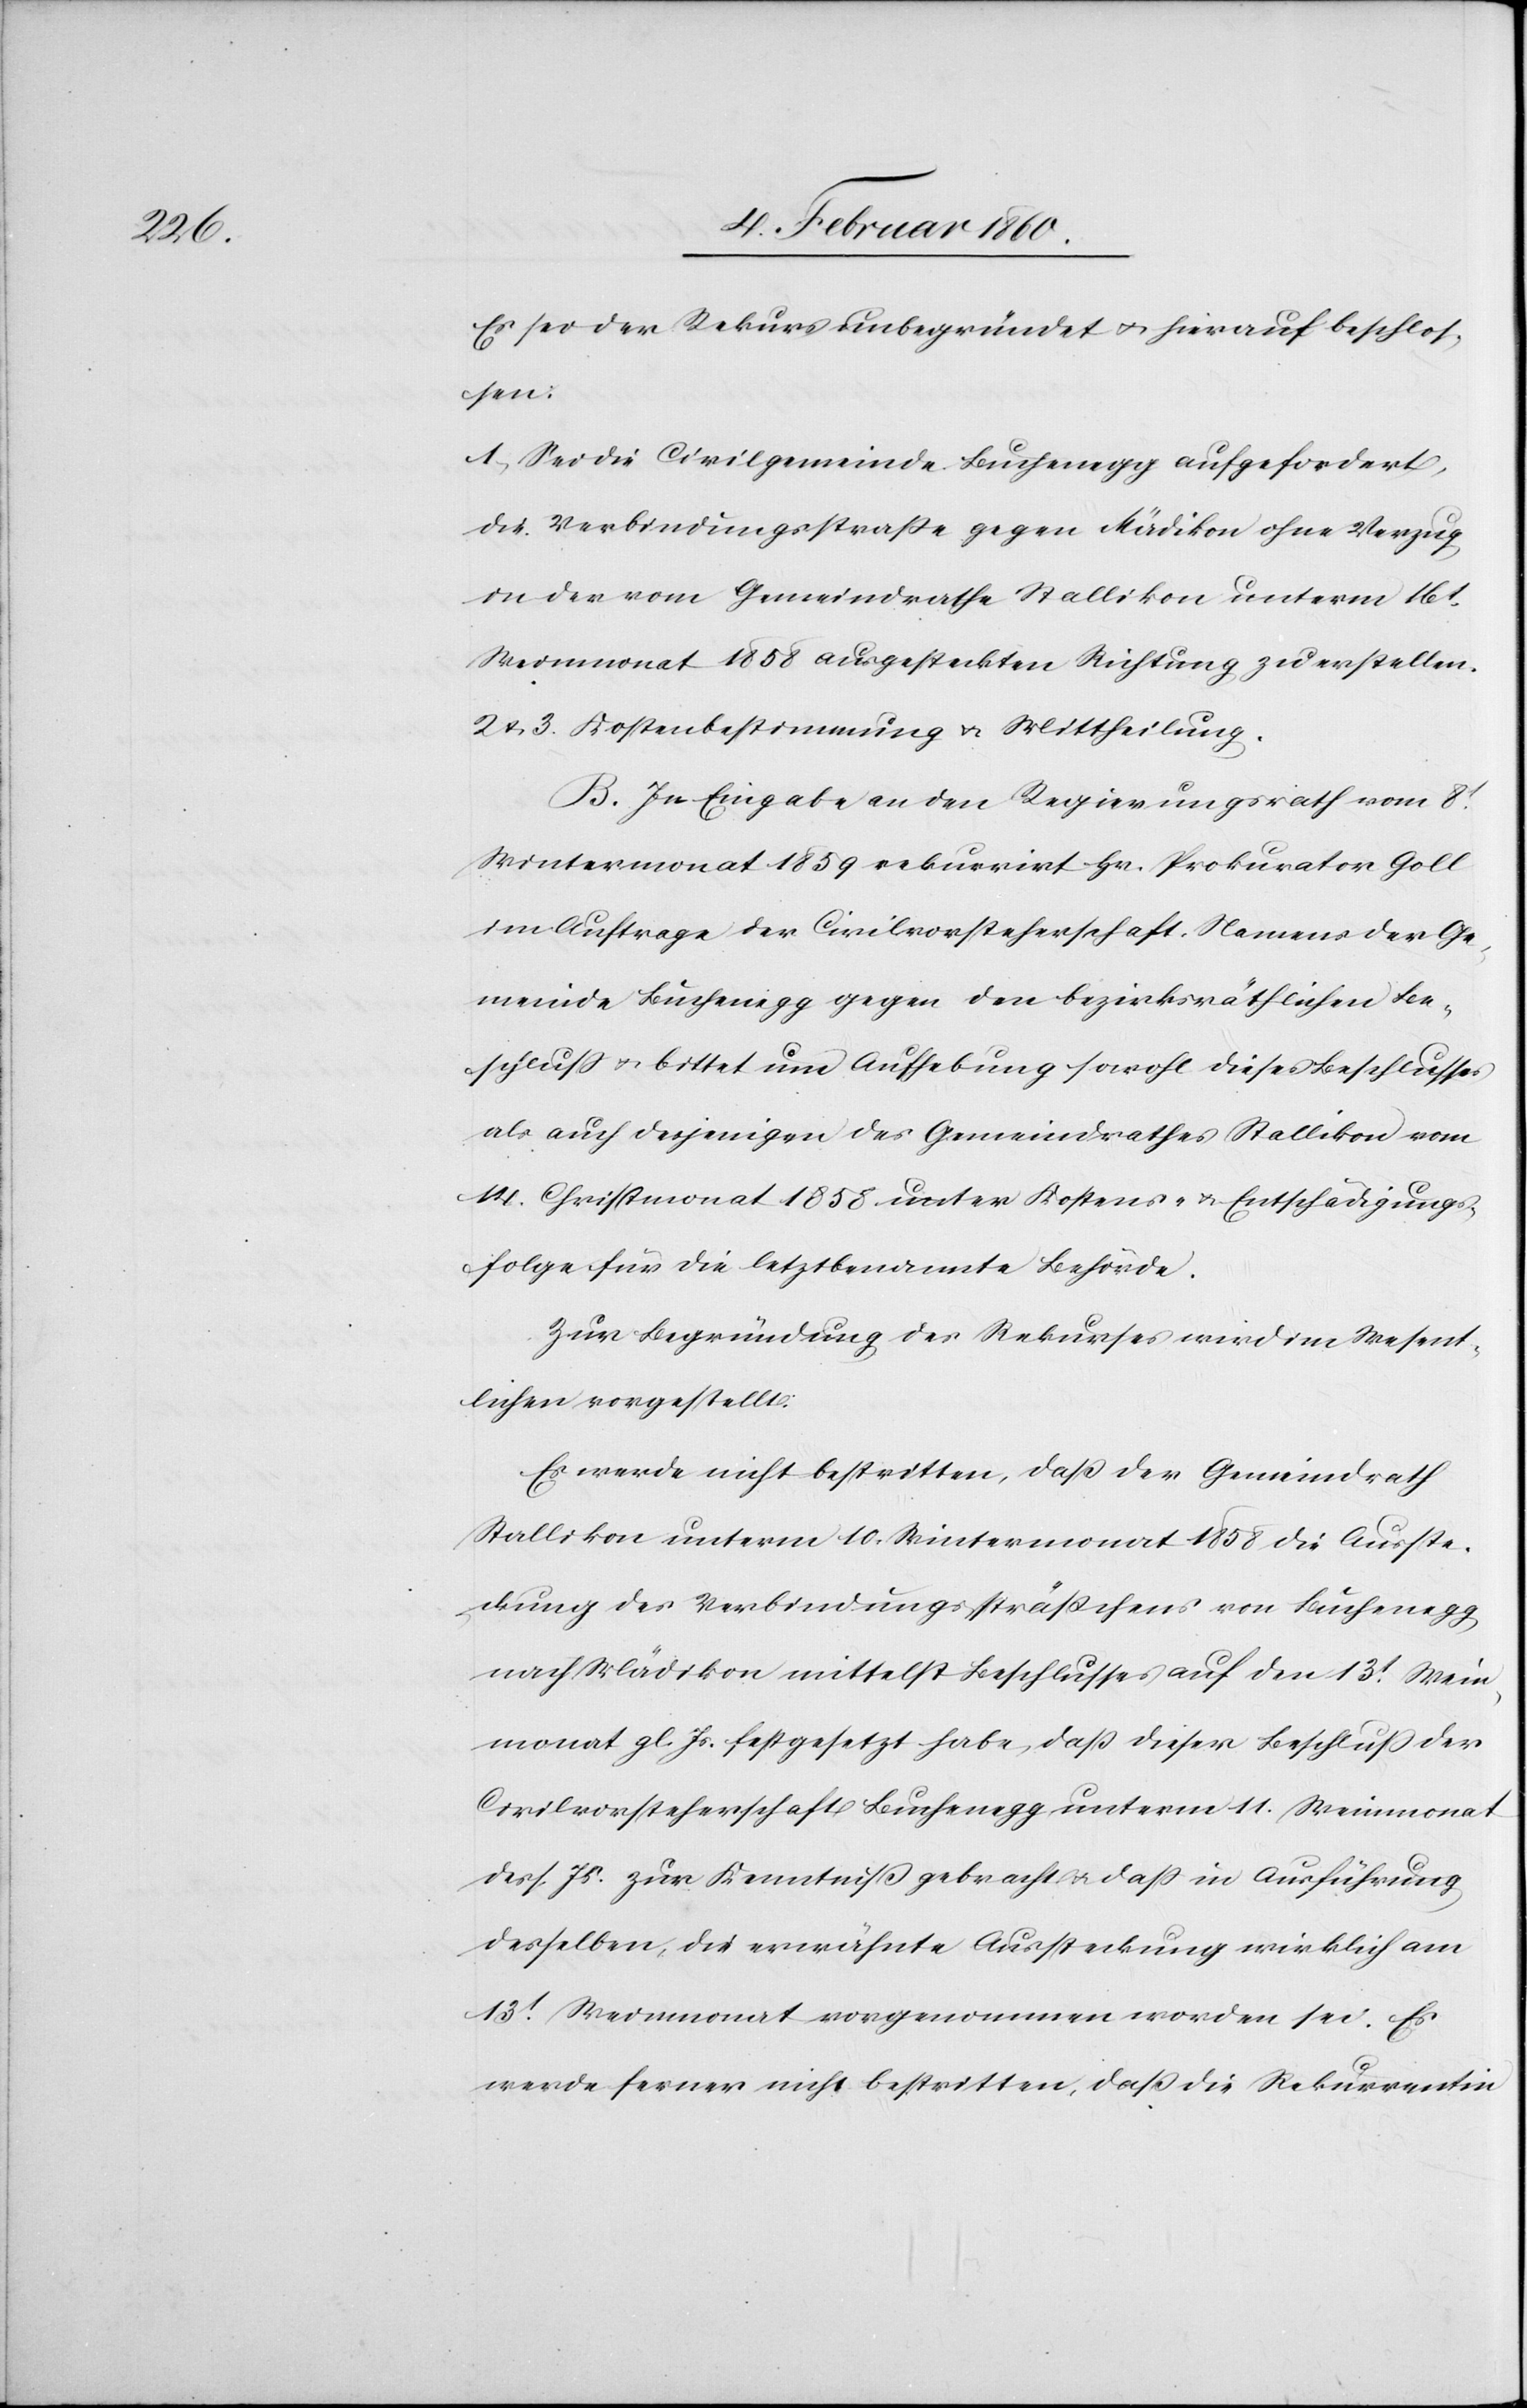
Es sei der Rekurs unbegründet u. hierauf beschlos¬
sen:
1. Sei die Civilgemeinde Buchenegg aufgefordert,
die Verbindungsstrasse gegen Mädikon ohne Verzug
in der vom Gemeindrathe Stallikon unterm 16t
Weinmonat 1858 ausgesteckten Richtung zu erstellen.
2. u. 3. Kostenbestimmung u. Mittheilung.
B. In Eingabe an den Regierungsrath vom 8t
Wintermonat 1859 rekurrirt Hr. Prokurator Goll
im Auftrage der Civilvorsteherschaft. Namens der Ge¬
meinde Buchenegg gegen den bezirksräthlichen Be¬
schluß u. bittet um Aufhebung sowohl dieses Beschlusses
als auch desjenigen des Gemeindrathes Stallikon vom
14. Christmonat 1858 unter Kostens- u. Entschädigungs¬
folge für die letztbenannte Behörde.
Zur Begründung des Rekurses wird im Wesent¬
lichen vorgestellt:
Es werde nicht bestritten, dass der Gemeindrath
Stallikon unterm 10. Wintermonat 1858 die Ausste¬
ckung des Verbindungssträßchens von Buchenegge
nach Mädikon mittelst Beschlusses auf den 13t Wein¬
monat gl. Js. festgesetzt habe, daß dieser Beschluß der
Civilvorsteherschaft Buchenegg unterm 11. Weinmonat
dess. Js. zur Kenntniß gebracht u. dass in Ausführung
desselben, der erwähnten Aussteckung wirklich am
13t Weinmonat vorgenommen worden sei. Es
werde ferner nicht bestritten, daß die Rekurrentin